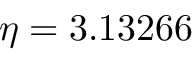
\eta = 3 . 1 3 2 6 6